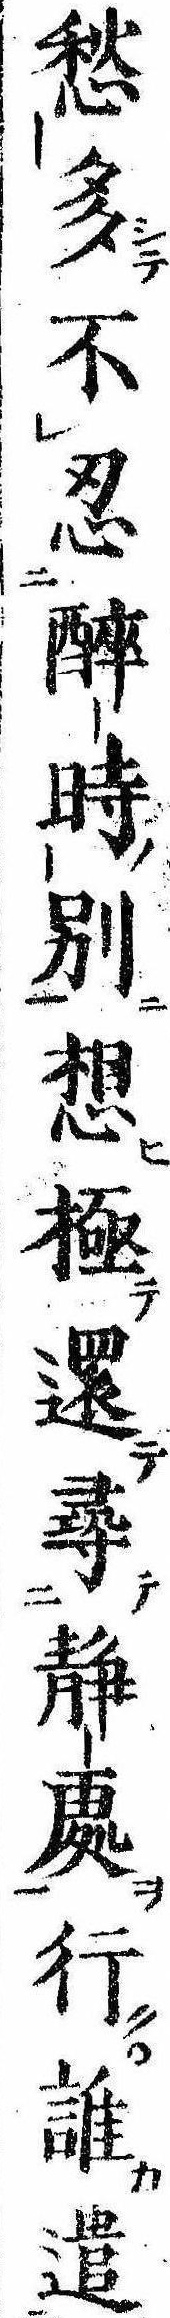
愁多不忍酔時別想極還尋静処行誰遣